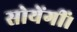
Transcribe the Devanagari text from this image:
सोयेंगीं।